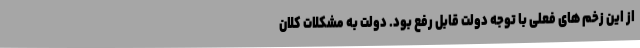
از این زخم های فعلی با توجه دولت قابل ‌رفع بود. دولت به مشکلات کلان